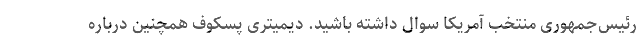
رئیس‌جمهوری منتخب آمریکا سوال داشته باشید. دیمیتری پسکوف همچنین درباره